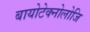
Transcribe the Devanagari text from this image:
बायोटेक्नोलोजि